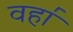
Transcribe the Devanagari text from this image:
वहा॑